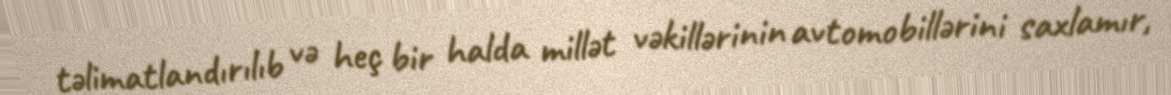
təlimatlandırılıb və heç bir halda millət vəkillərinin avtomobillərini saxlamır,